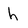
Character: h